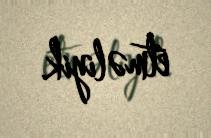
etməliyik.